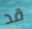
قد